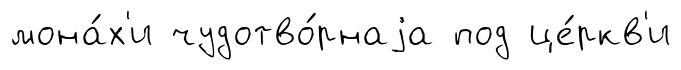
мона́х'и чудотво́рнаjа под це́ркв'и